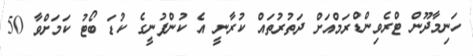
ހަނިމާދޫން ޓްރެވިންޑްރަމްއަށް ދަތުރުތައް ކުރާނީ އެ ކުންފުނީގެ ކުޑަ ބޯޓު ކަމަށްވާ 50